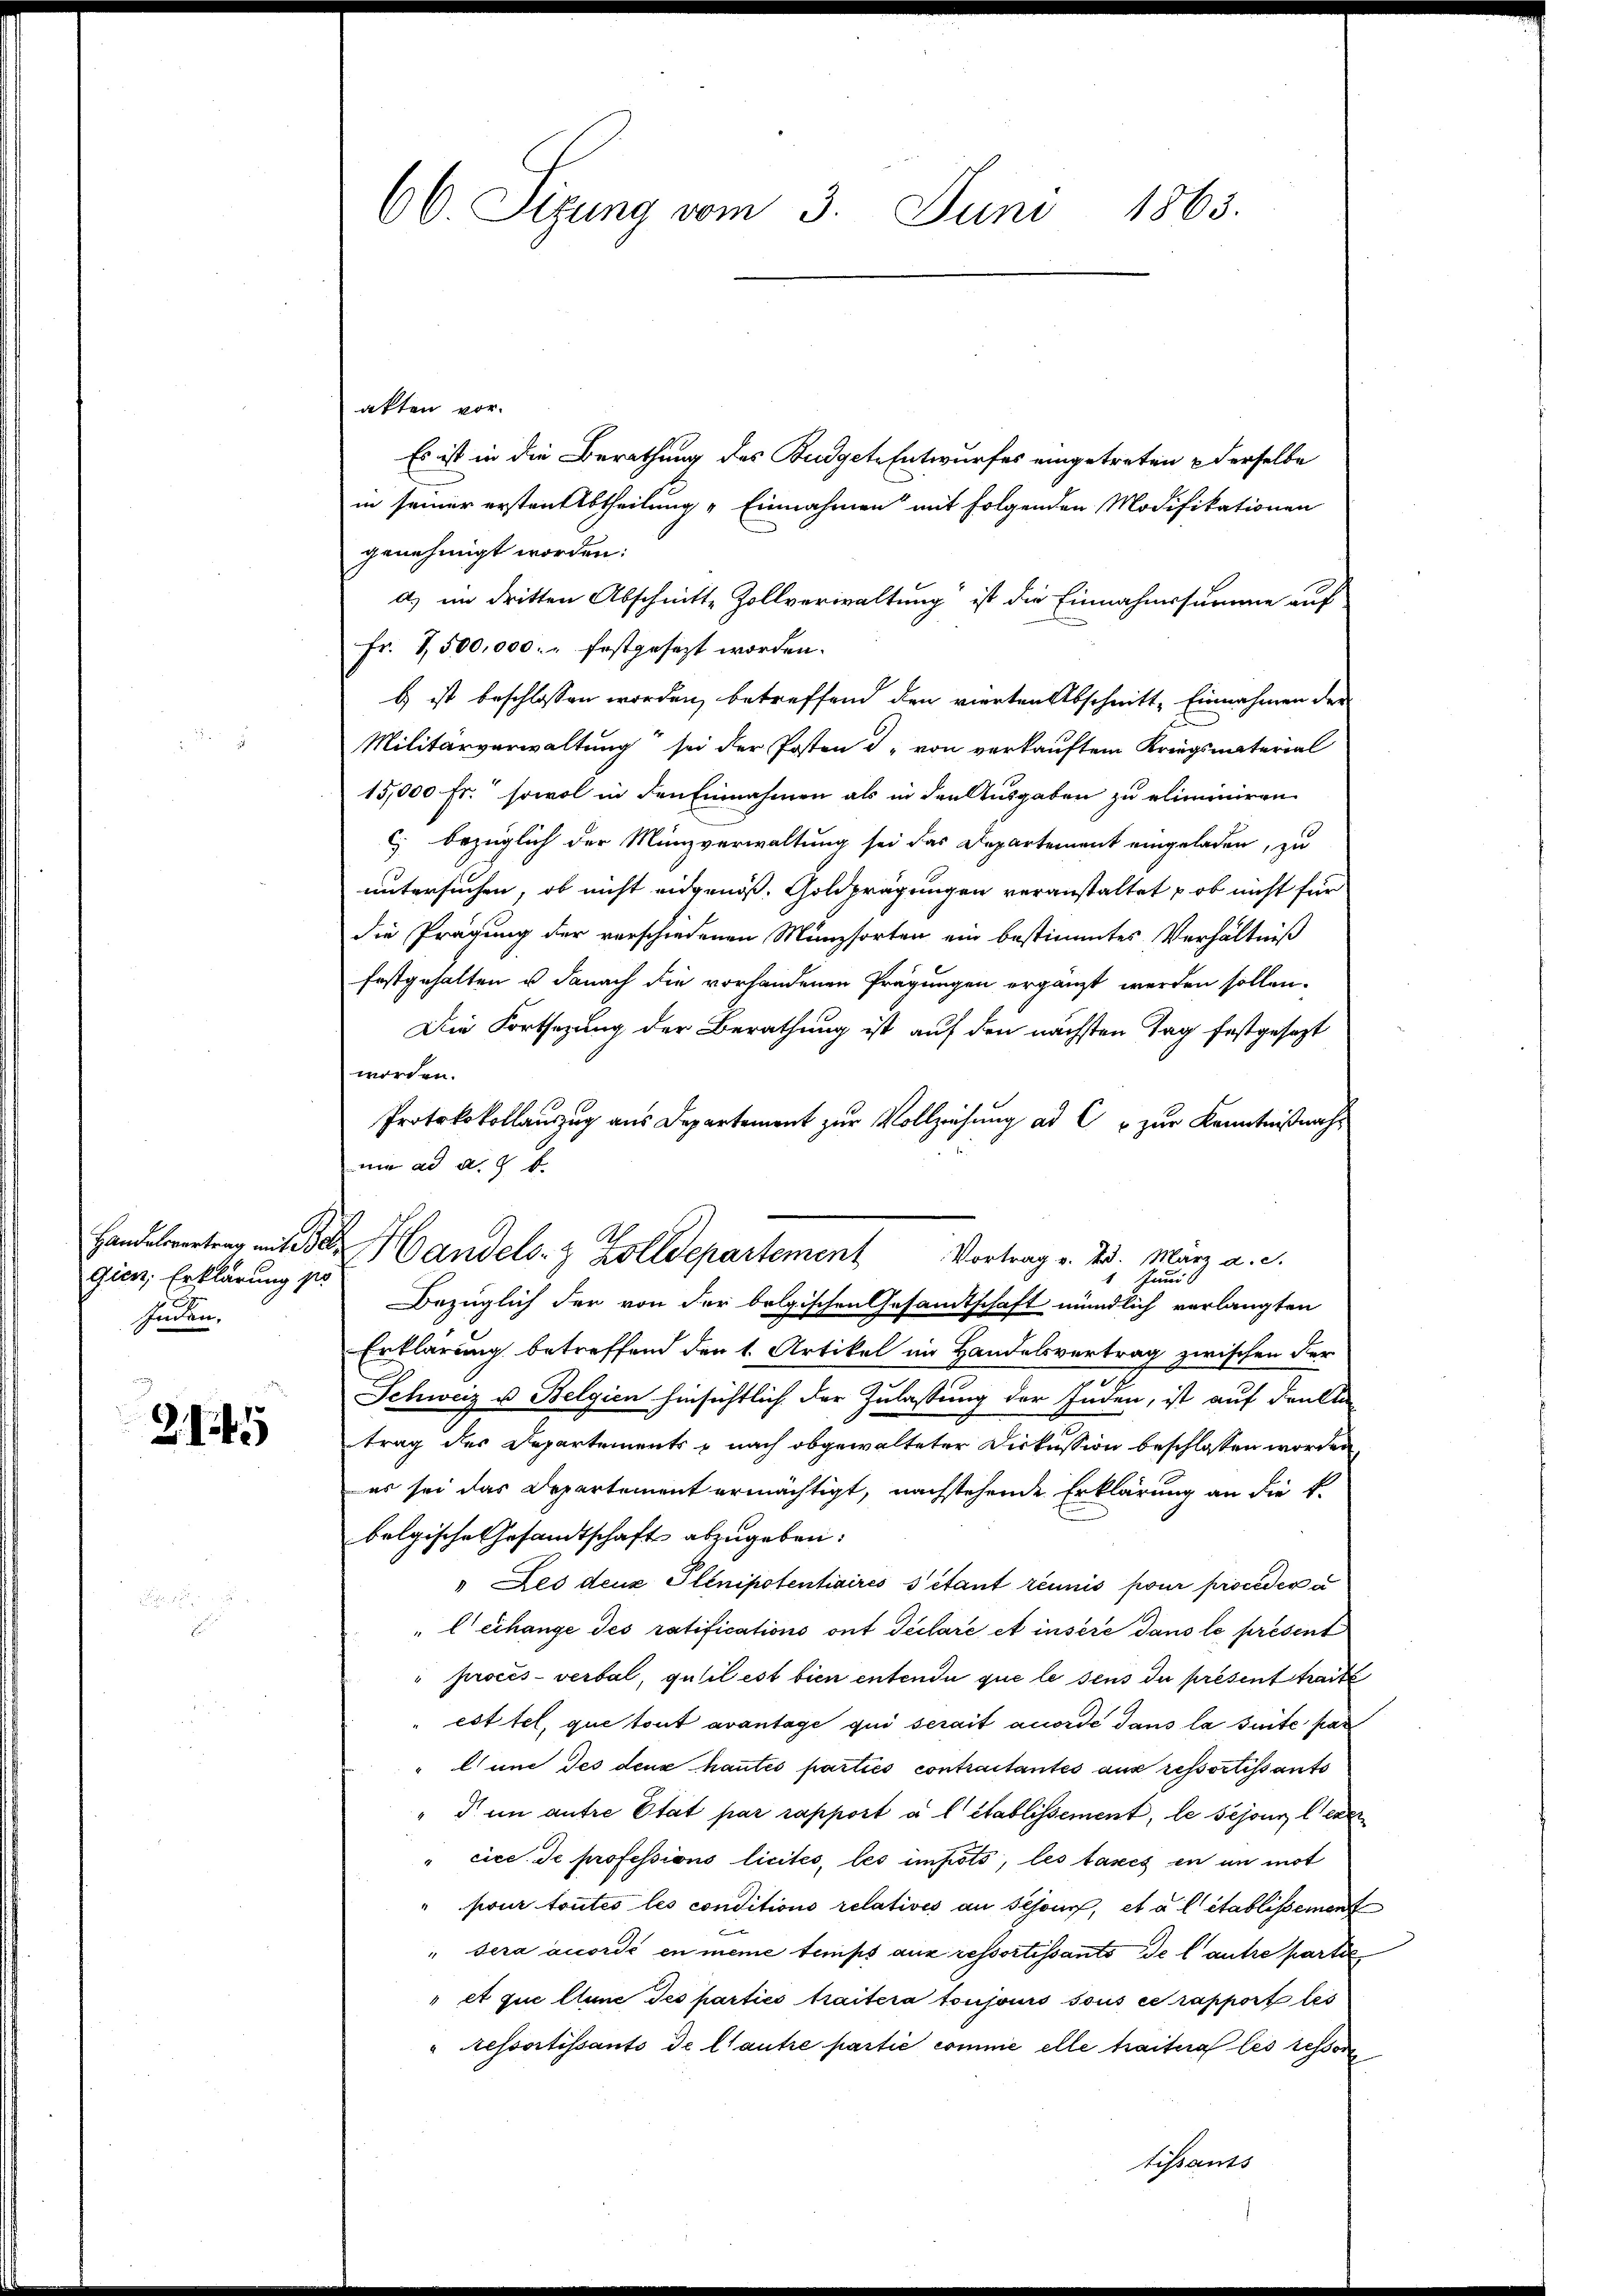
Handelsvertrag mit Be
gien Erklärung zu
Inden.

21

66 Sizung vom 3. Juni 1863.

akten vor.
Es ist in die Berathung des Budget-Entwurfes eingetreten & derselbe
in seiner ersten Abtheilung "Einnahmen mit folgenden Modifikationen
genehmigt worden:
d) im dritten Abschnitte Zollverwaltung“ ist die Einnahmssumme auf
Fr. 1,500,000. festgesezt worden.
b ist beschlossen worden, betreffend den vierten Abschnitt, Einnahmen der
Militärverwaltung sei der Posten d. von verkauftem Kriegsmaterial
15,000 fr. sowol in den Einnahmen als in den Ausgaben zu eliminiren
c) bezüglich der Münzverwaltung sei das Departement eingeladen, zu
untersuchen, ob nicht eidgenöß. Goldprägungen veranstaltet, ob nicht für
die Prägung der verschiedenen Münzsorten ein bestimmtes Verhältniß
festgehalten u danach die vorhandenen Prägungen ergänzt werden sollen.
Die Fortsezung der Berathung ist auf den nächsten Tag festgesezt
worden.
Protokokollauszug aus Departement zur Vollziehung ad C u zur Kenntnißnah¬
 ad a. b
1. Junis
Bezüglich der von der belgischen Gesamtschaft mündlich verlangten
Erklärung betreffend den 1. Artikel im Handelsvertrag zwischen der
x
2
Schweiz u. Belgien hinsichtlich der Zulassung der Enden, ist auf den An-
trag des Departements, nach obgewalteter Diskussion beschlossen worden
es sei das Departement ermächtigt, nachstehende Erklärung an die k.
bolgische Gesandtschafts abzugeben:
" Les deux Plinipotentiaires sitant réunis pour proceder a
" leihange des ratifications ont déclare et inséré dans le présent
procès-verbal, quil est bien entende que le sens du présent traite
est tel, que tout avantage qui serait anorde dans la suite par
lune des deux hautes parties contractantes aus ressortissants
" dem antre Etat par rapport a l établissement, le sejoni exer
"cice de professions licités, les impots, les taxes en in mot
pour toutes les conditions relatives an schon, et a l établissement
" sera accordé en meine temps aux ressortissants de l’autre partie
" et que Clune des parties traitera toujours sous ce rapport les
"ressortissants de lautre partie comme elle traitera les sessoren
Lissants

Handels- & Zolldepartement Vortrag v. 2. März a. c.